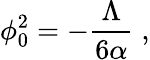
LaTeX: \phi_{0}^{2}=-\frac{\Lambda}{6\alpha}\; ,